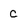
Character: c